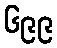
၆၉၉